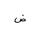
Letter: _dad